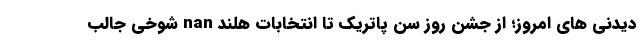
دیدنی های امروز؛ از جشن روز سن پاتریک تا انتخابات هلند nan شوخی جالب